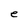
Character: e